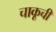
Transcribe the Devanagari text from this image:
चाकूची